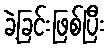
ခဲ့ခြင်းဖြစ်ပြီး